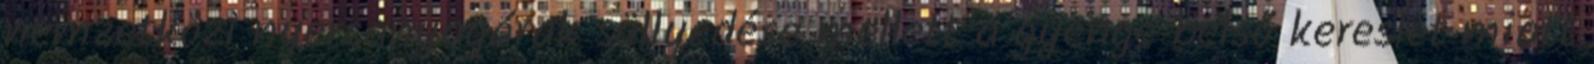
nemzetközi nyersanyagárak süllyedése mellett a gyenge belső kereslet miatt